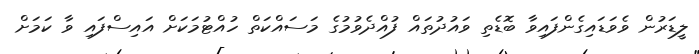
ލީޑަރުން ވެވަޑައިގެންފައިވާ ބޮޑެތި ވައުދުތައް ފުއްދެވުމުގެ މަސައްކަތް ހުއްޓުމަކަށް އައިސްފައި ވާ ކަމަށް